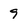
Character: 9